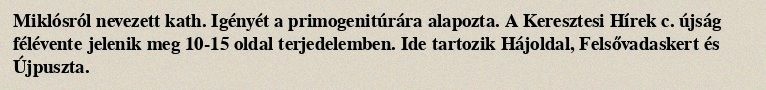
Miklósról nevezett kath. Igényét a primogenitúrára alapozta. A Keresztesi Hírek c. újság félévente jelenik meg 10-15 oldal terjedelemben. Ide tartozik Hájoldal, Felsővadaskert és Újpuszta.